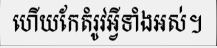
ហើយកែតំរូវអ្វីទាំងអស់។